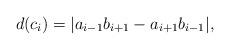
LaTeX: \begin{align*} d(c_i) = |a_{i-1}b_{i+1}-a_{i+1}b_{i-1}|,\end{align*}